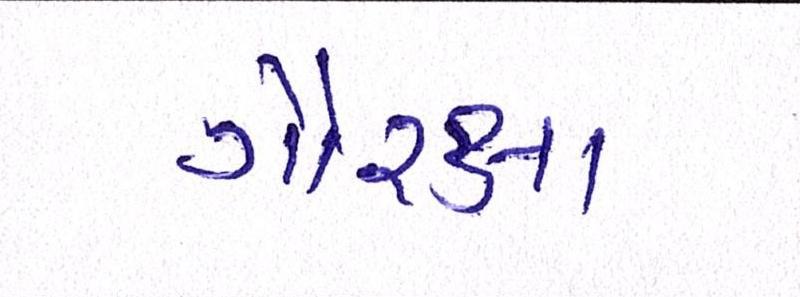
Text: ગૌરક્ષા